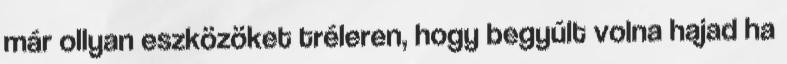
már ollyan eszközöket tréleren, hogy begyúlt volna hajad ha